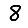
Digit: 8